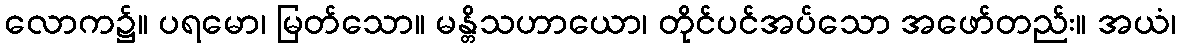
လောက၌။ ပရမော၊ မြတ်သော။ မန္တိသဟာယော၊ တိုင်ပင်အပ်သော အဖော်တည်း။ အယံ၊